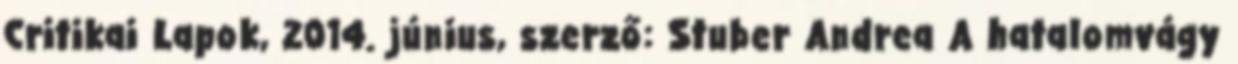
Critikai Lapok, 2014. június, szerző: Stuber Andrea A hatalomvágy